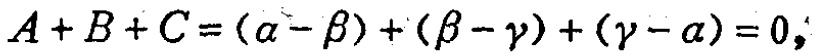
\(A + B + C = (\alpha - \beta)+(\beta - \gamma)+(\gamma - \alpha)=0,\)